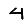
Digit: 4